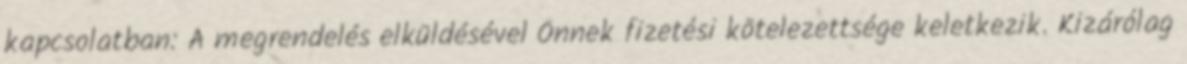
kapcsolatban: A megrendelés elküldésével Önnek fizetési kötelezettsége keletkezik. Kizárólag